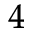
^ 4